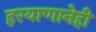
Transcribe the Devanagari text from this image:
हरयाणानेही